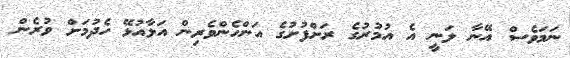
ނަމަވެސް އޭނާ ލަނީ އެ އުމުރުގެ ރަށްފުށުގެ އަންހެންވެރިން އަޅާއުޅޭ ހެދުމަށް ވުރެން